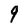
Character: 9